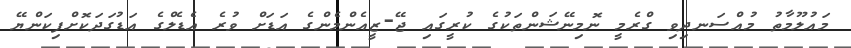
މައުލޫމާތު މުއްސަނދިވި ގްރެމީ ނޮމިނޭޝަންތަކުގެ ކުރީގައި ޖޭ-ޒީއެންމެންގެ އަޑަށް ވުރެ އެޑެލްގެ އަޑުގަދަކޮށްފިކަންޔޭ